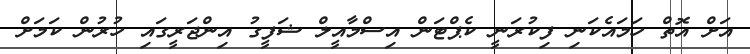
އަށް އޮތް ހަމައެކަނި ފިކުރަނީ ކެޕްޓަން އިސްމާއީލް ޝަފީގު އިންޖަރީގައި ހުރުން ކަމަށް